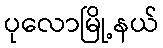
ပုလောမြို့နယ်